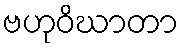
ဗဟုဝိဃာတာ